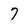
Character: 7